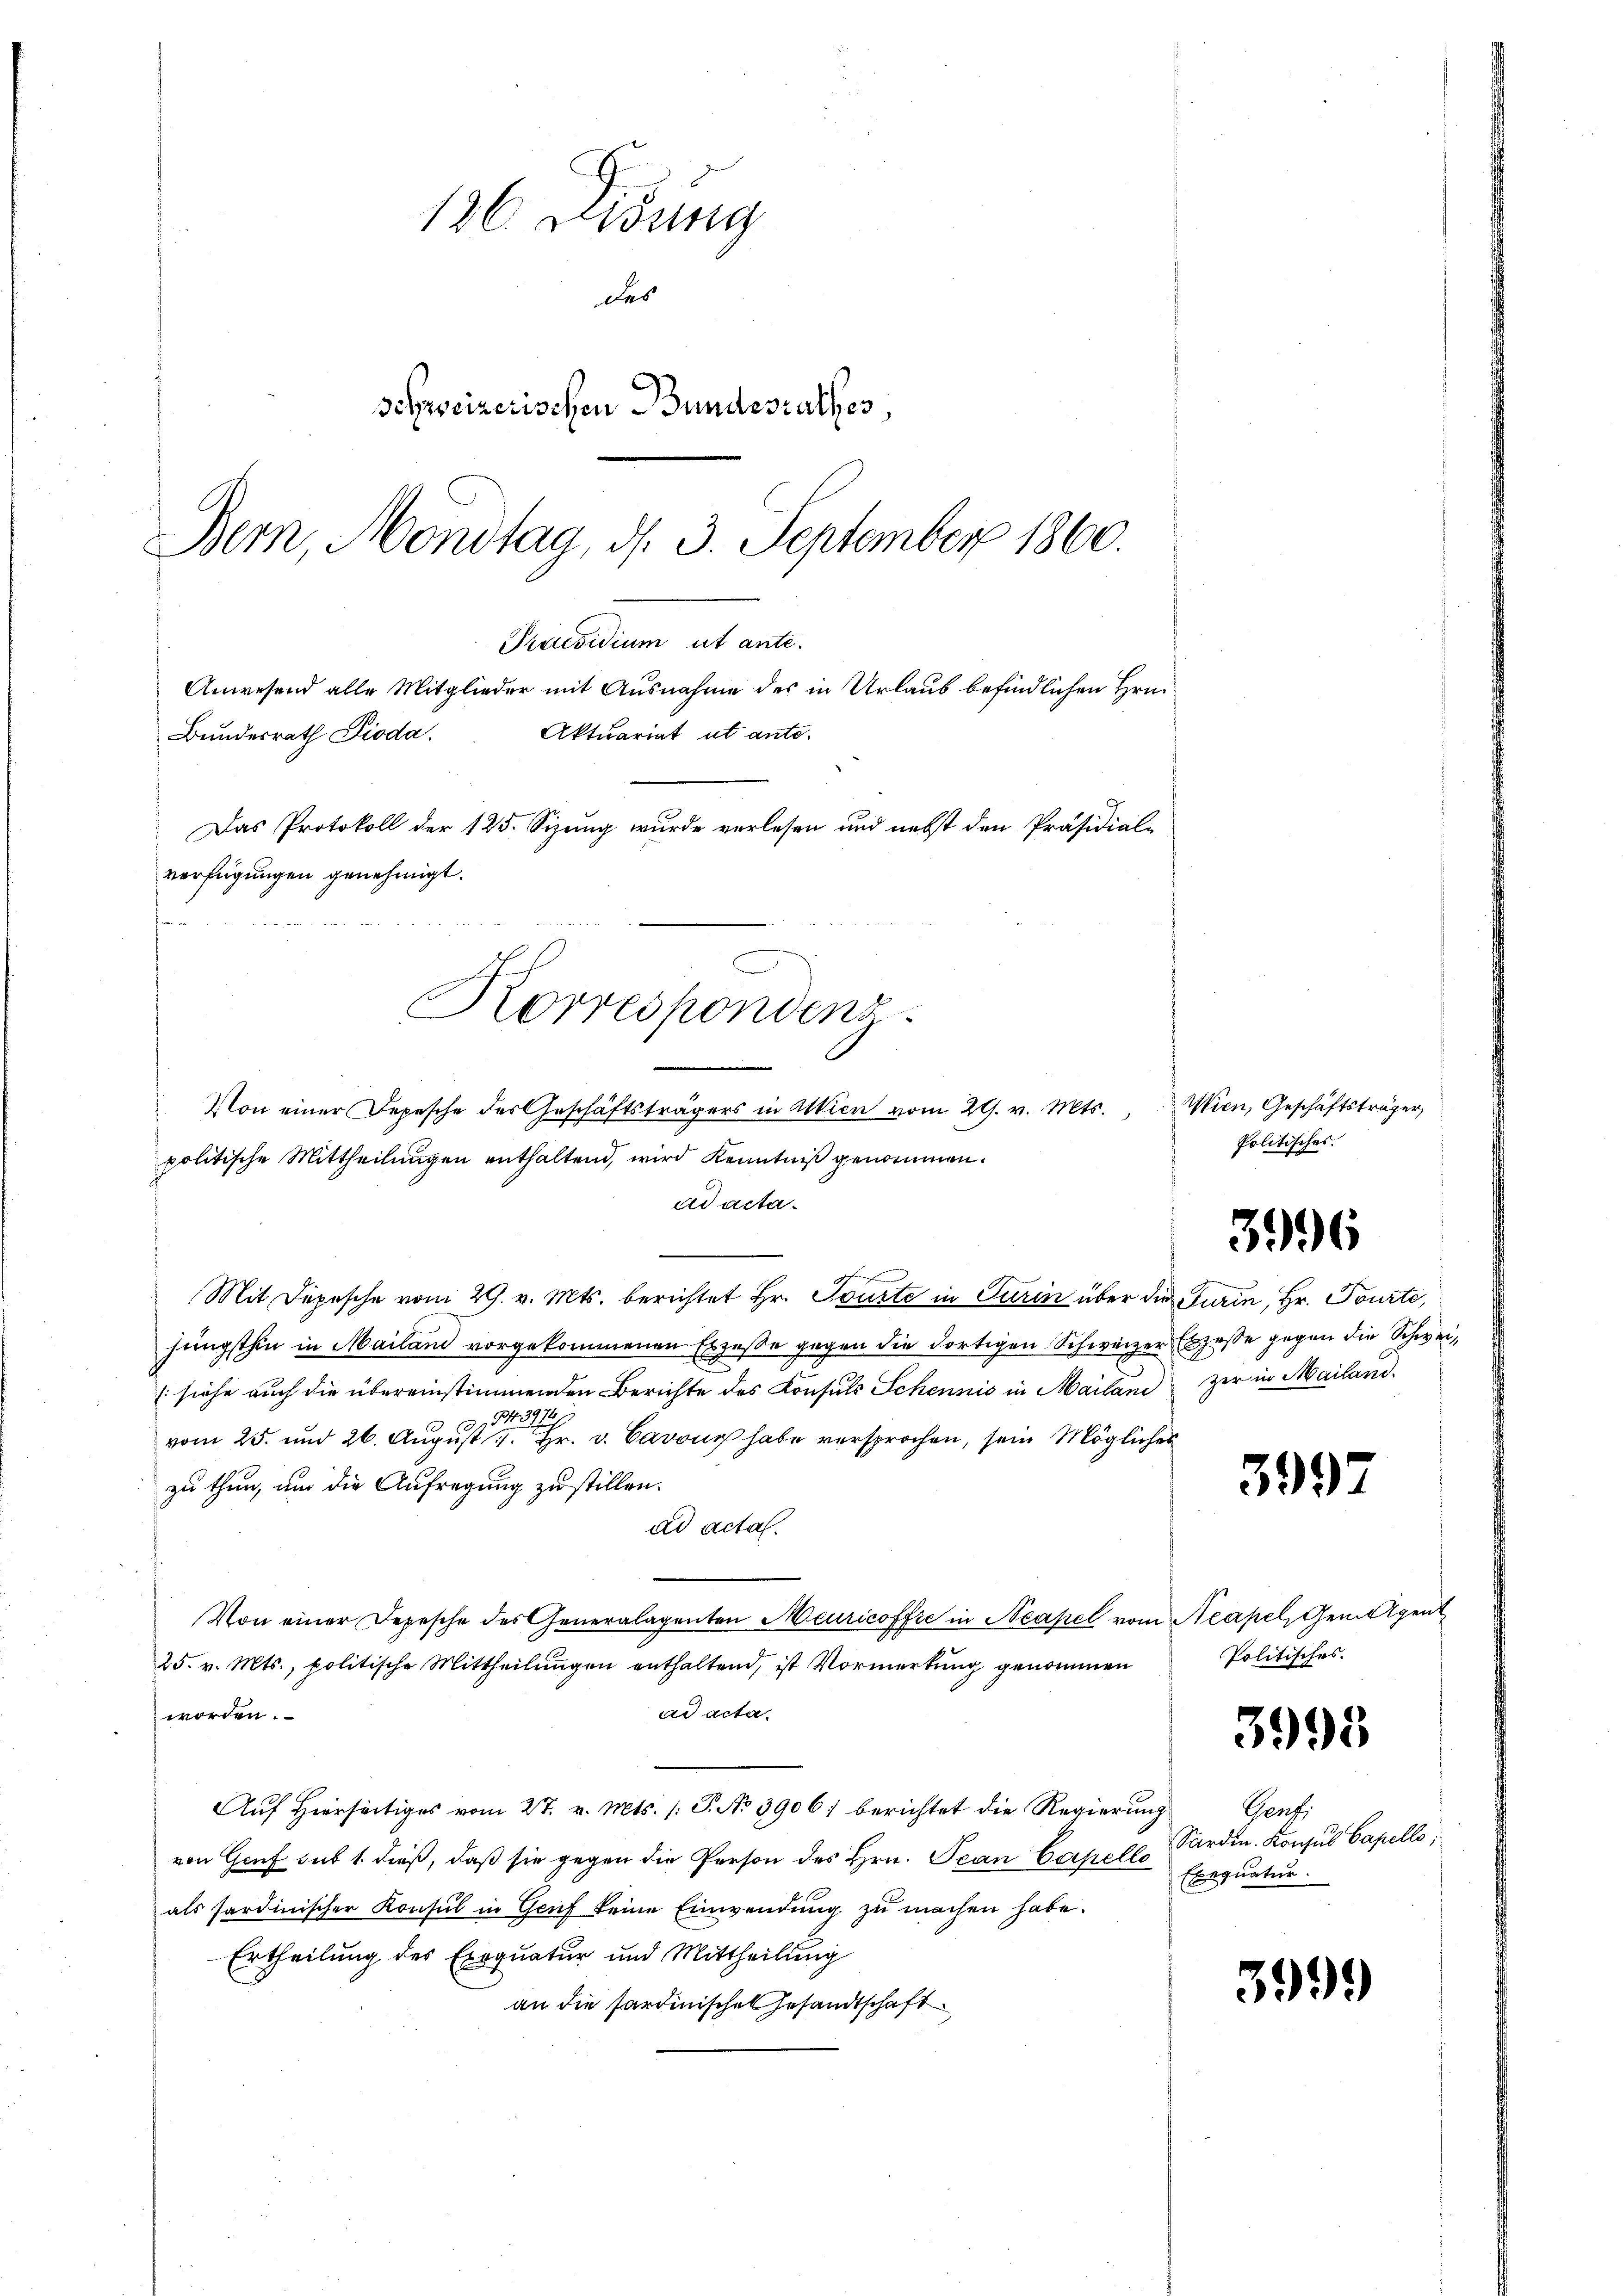
Praesidium ut ante.
Anwesend alle Mitglieder mit Ausnahme des in Urlaub befindlichen Hrn.
Bundesrath Dioda.
Das Protokoll der 125. Sizung wurde verlesen und nebst den Präsidial-
verfügungen genehmigt.
t
Korrespondenz.

Von einer Depesche des Geschäftsträgers in Attien vom 29. v. Mts.
politische Mittheilungen enthaltend, wird Kenntniß genommen.
ad acta.
.
Mit Depesche vom 29. v. Mts. berichtet Hr. Tourte in Turin über die Turin, Hr. Tourte,
jüngsthin in Mailand vorgekommenen Erzeße gegen die dortigen Schweizer Exzesse gegen die Schwei¬
(siehe auch die übereinstimmenden Berichte des Konsuls Schennis in Mailani
84391
vom 25. und 26. August 1. Hr. v. Cavon habe versprochen, sein Mögliches
zu thun, um die Aufregung zu stillen.
ad acta.
Von einer Depesche des Generalagenten Meuricoffic in Neapel vom Neapel, Gemeigent
25. v. Mts., politische Mittheilungen enthaltend, ist Vormerkung genommen
ad acta.
worden.
Auf Hierseitiges vom 27. v. Mts. (T. No 3906) berichtet die Regierung
von Genf sub 1. dieß, daβ sie gegen die Person des Hrn. Jean Capell Sardin. Konsus Capello,
als fardinischer Konsul in Genf seine Einwendung zu machen habe.
Ertheilung des Exequatur und Mittheilung
an die Pardinisches Gesandtschaft

126. ung
des
schweizerischen Bundesrathes,
Bern, Mondtag, d. 3. September 1860.

Aktuariat ut ante-

Wien, Geschäftsträger,
Politisches.

3996

zer in Mailand.

399

Politisches.

3993

Genf
Exequatur.

3999)